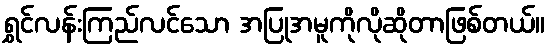
ရွှင်လန်းကြည်လင်သော အပြုအမူကိုလိုဆိုတာဖြစ်တယ်။